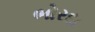
ભોરદા